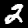
Digit: 2